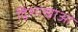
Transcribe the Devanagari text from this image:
द्विशाखाओं